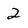
Character: 2